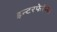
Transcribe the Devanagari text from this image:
इन्टरफेरेन्स